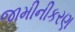
જામીનીકરણ